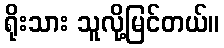
ရိုးသား သူလို့မြင်တယ်။